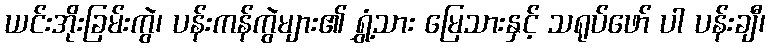
ယင်းအိုးခြမ်းကွဲ၊ ပန်းကန်ကွဲများ၏ ရွှံ့သား မြေသားနှင့် သရုပ်ဖော် ပါ ပန်းချီ၊